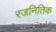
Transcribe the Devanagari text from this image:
रजनितिक